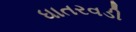
ધાતરવડી